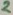
Text: 2